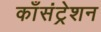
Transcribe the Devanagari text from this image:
काँसंट्रेशन